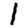
Digit: 1